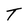
Character: T